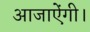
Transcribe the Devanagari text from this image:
आजाऐंगी।